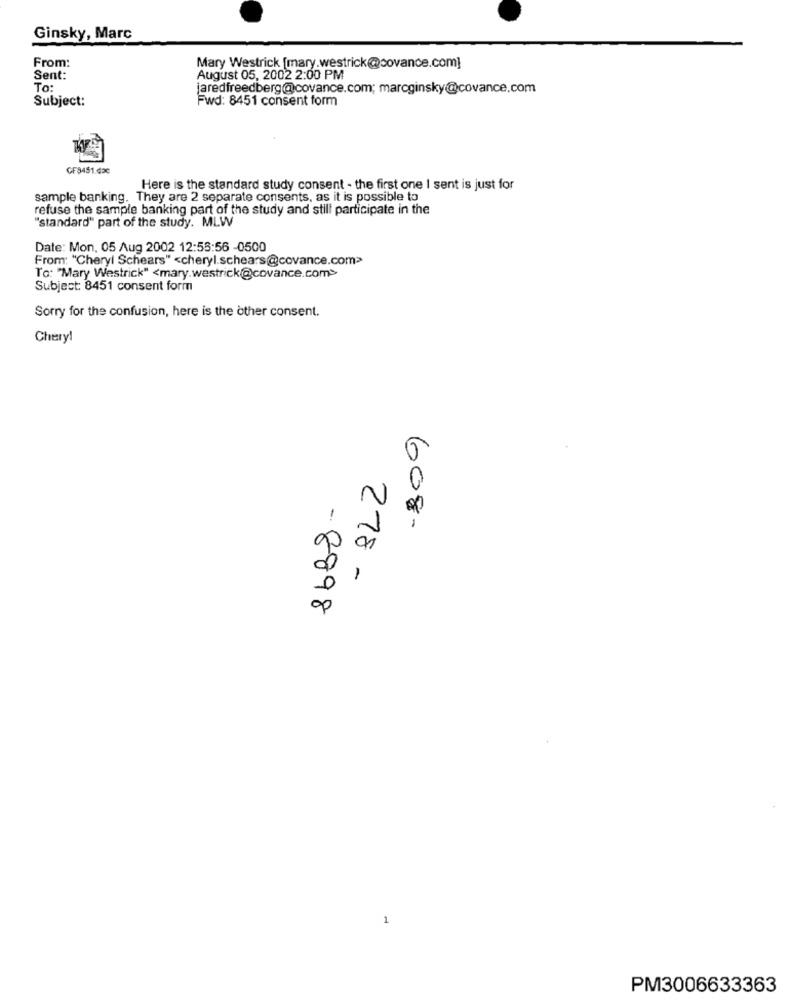
Ginsky, Marc
From:
Mary Westrick [mary.westrick@covance.com]
Sent:
August 05, 2002 2:00 PM
To:
jaredfreedberg@covance.com; marcginsky@covance.com
Subject:
Fwd: 8451 consent form
GF8451.dac
Here is the standard study consent - the first one I sent is just for
sample banking. They are 2 separate consents, as it is possible to
refuse the sample banking part of the study and still participate in the
"standard" part of the study. MLW
Date: Mon, 05 Aug 2002 12:55:56 -0500
From: "Cheryl Schears" <cheryl.schears@covance.com>
To: "Mary Westrick" <mary.westrick@covance.com>
Subject: 8451 consent form
Sorry for the confusion, here is the other consent.
Chery!
60%
278 -
- 8898
1
PM3006633363